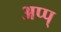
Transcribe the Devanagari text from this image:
अप्प्